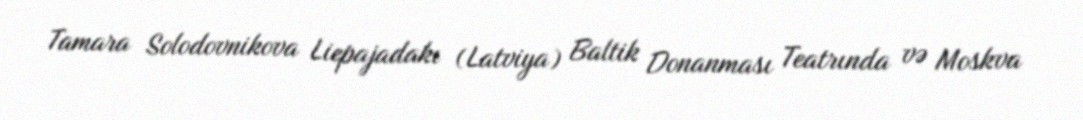
Tamara Solodovnikova Liepajadakı (Latviya) Baltik Donanması Teatrında və Moskva